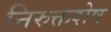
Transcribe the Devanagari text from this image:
निरुक्तशेष